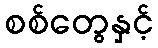
စစ်တွေနှင့်